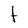
Character: f